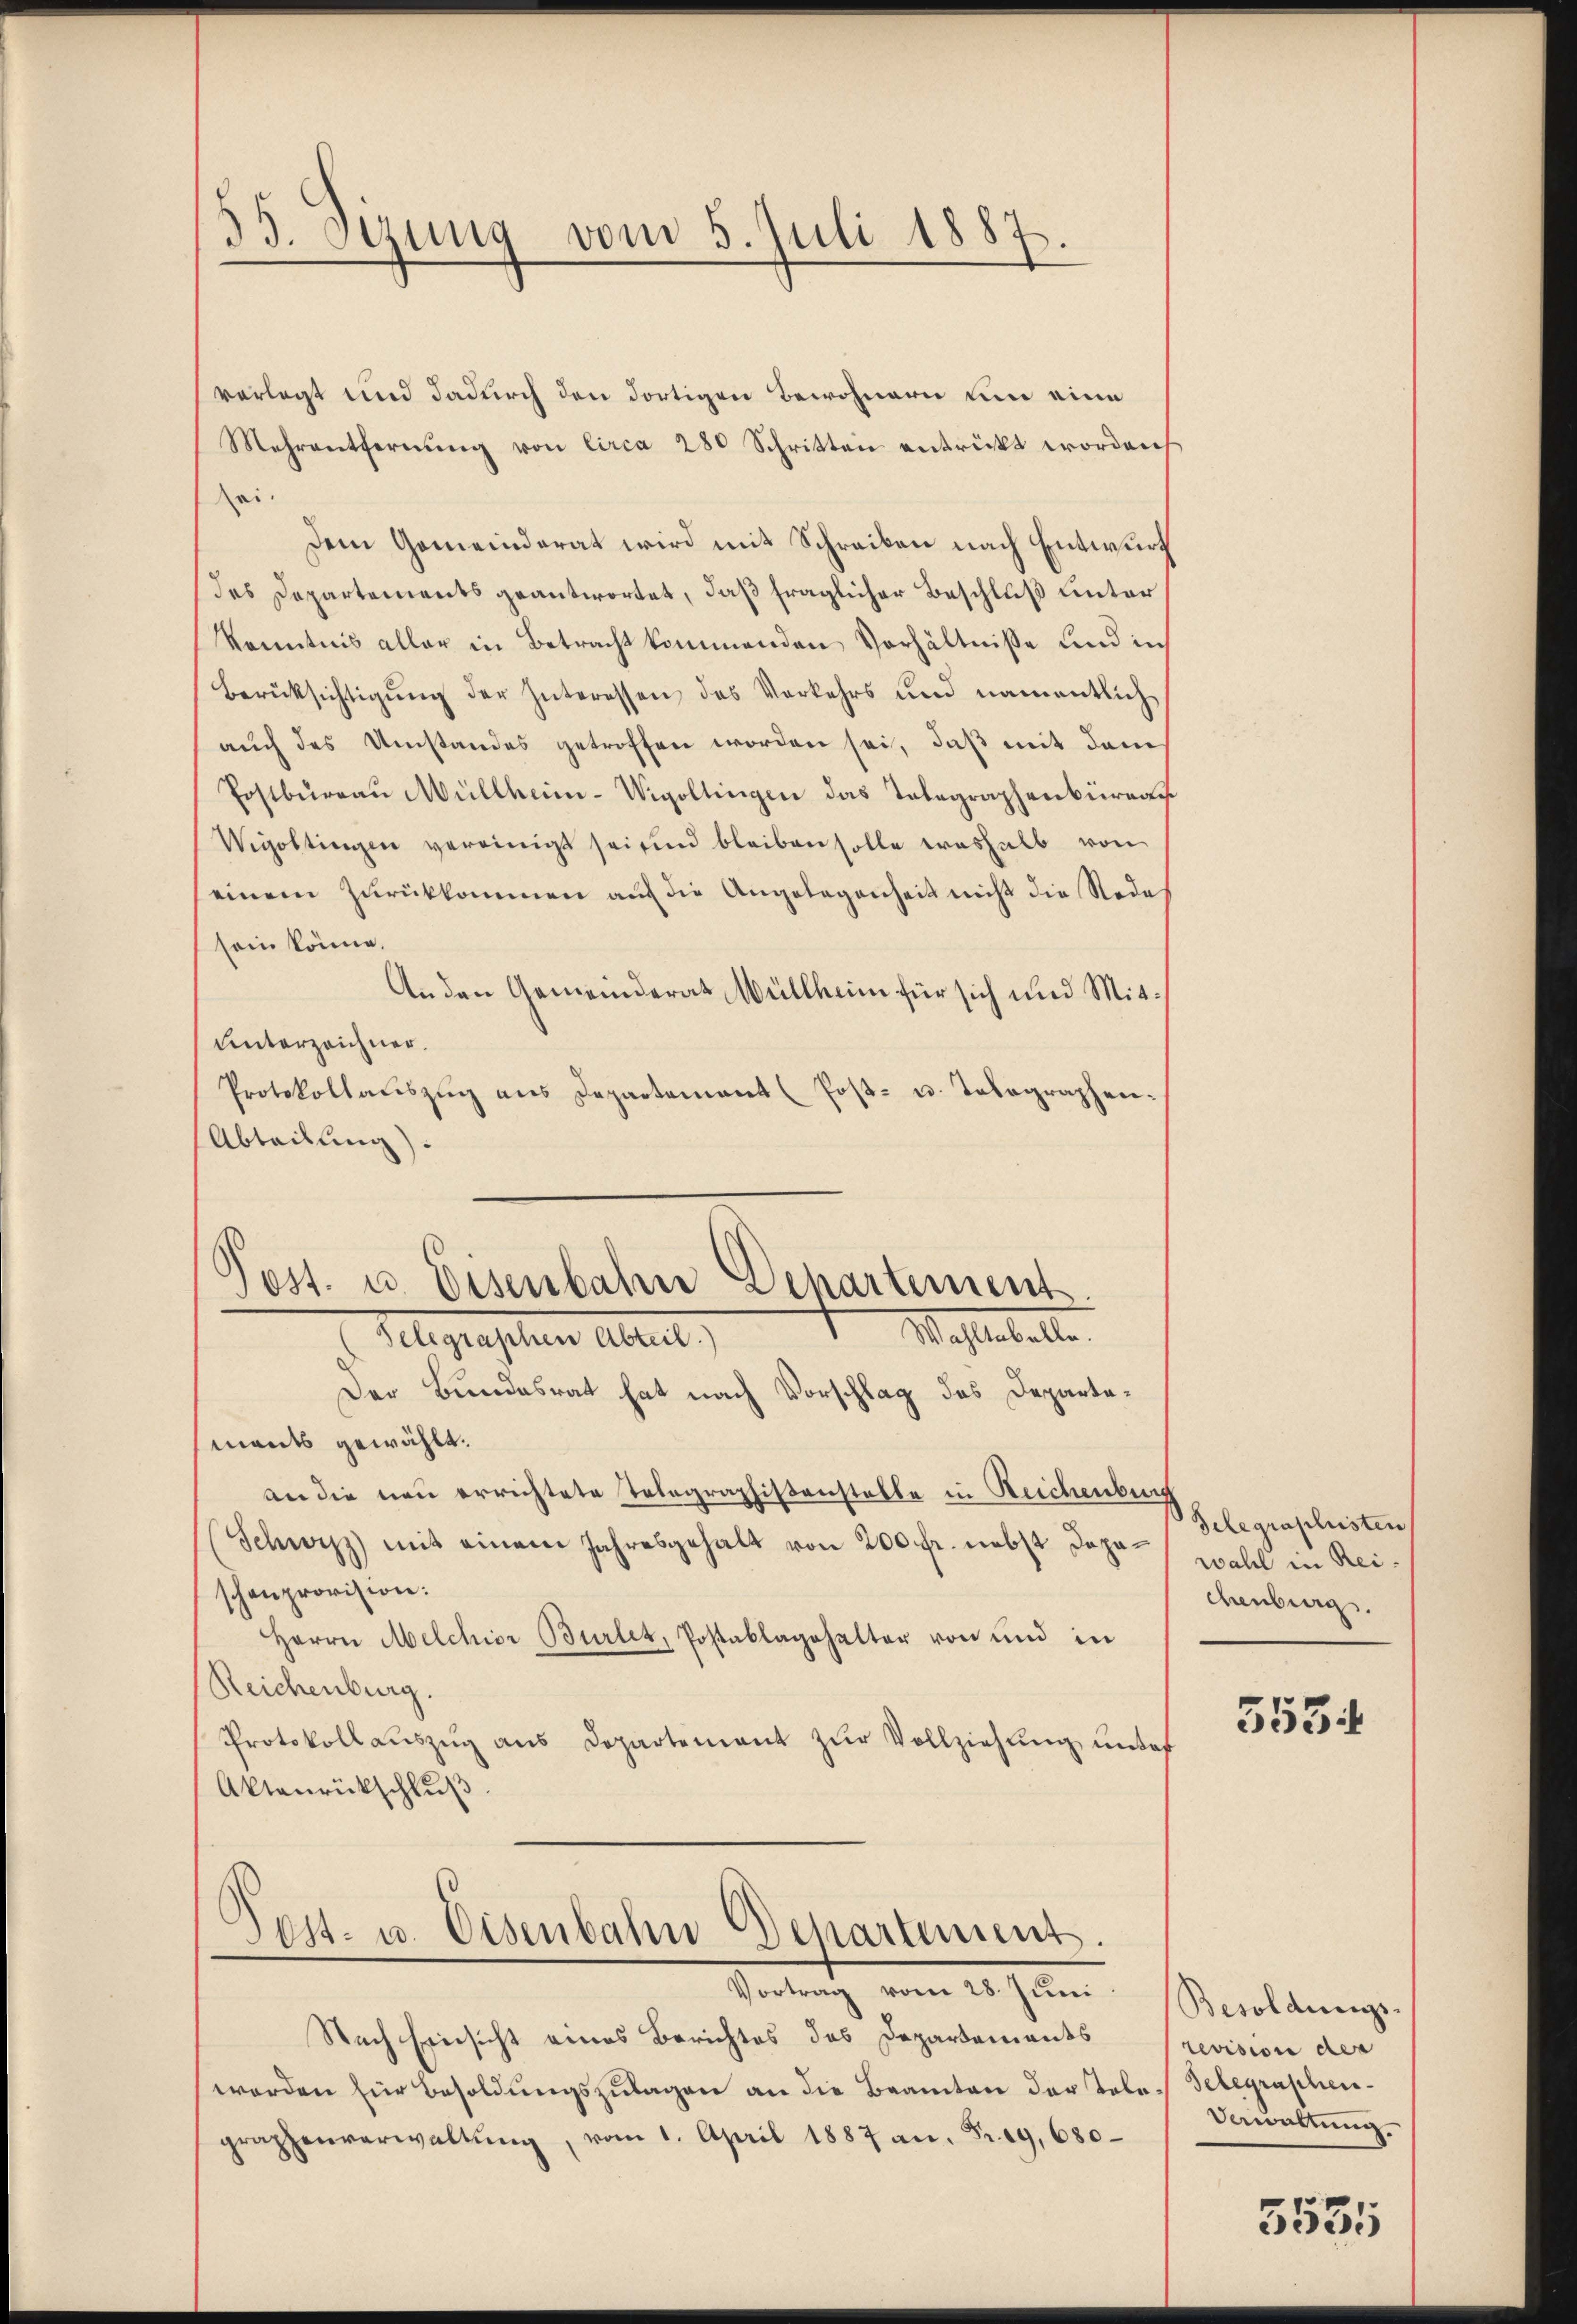
55. Sizung vom 5. Juli 1887.

verlegt und dadurch den dortigen Bewohnern um eine
Mehrentfernŭng von Circa 280 Schritten entrickt worden
zei.
Dem Gemeinderat wird mit Schreiben nach Entwurf
des Departements geantwortet, daß fraglicher Beschluß unter
Kenntnis aller in Betracht kommenden Verhältnisse und in
Berüksichtigung der Interessen des Verkehrs und namentlich
auch des Umstandes getroffen worden sei, daß mit dem
Postbüreaŭ Müllheim-Wigoltingen das Telegraphenbüreau
Wigottingen vereinigt sei und bleiben solle weshalb von
einem Zurükkommen auf die Angelegenheit nicht die Rede
sein könne.
An den Gemeinderat Müllheim für sich und Mit¬
Unterzeichner.
Protokollaŭszŭg ans Departement (Post- u. Telegraphen-
Abteilung).
Post. u. Eisenbahn Departement
Mahlerelle
Allgesehen Abreit,
Der Bundesrat hat nach Vorschlag des Departemants gewählt.
an die neu errichtete Telegraphistenstelle in Reichenburg
(Schwyzz) mit einem Jahresgehalt von 200 fr. nebst Dopaschenprovision:
Herrn Melchior Burlet, Postablagehalter von und in
Reichenburg.
Protokoll aŭszŭg ans Departement zŭr Vollziehung unter
Aktenrückschluß
Post- u. Eisenbahn Departement.
Vortrag vom 28. Juni
Nach Einsicht eines Berichtes des Departements
worden für Besoldungszulagen an die Beamten der Tele-Telegraphengraphenverwaltŭng, vom 1. April 1887 an. Fr. 29, 680

Gelegraphisten
wahl in Reichenburg.

5534

Besoldungs-
revision der
dewaltung

5531